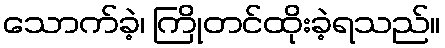
သောက်ခဲ့၊ ကြိုတင်ထိုးခဲ့ရသည်။